Report on horse surra - Volume I
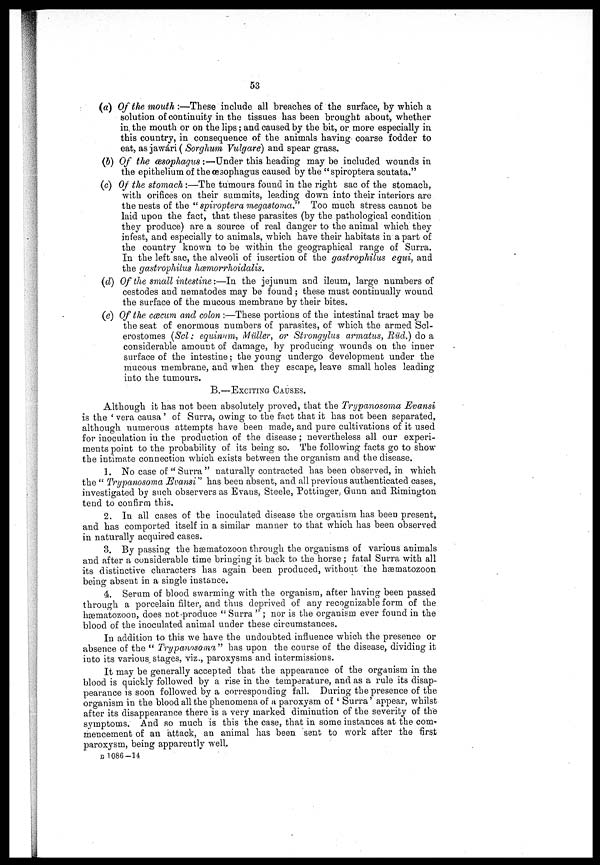
53
(a) Of the mouth :—These inelude all breaches of the surface, by which a
solution of continuity in the tissues has been brought about, whether
in the mouth or on the lips ; and caused by the bit, or more especially in
this country, in consequence of the animals having coarse fodder to
eat, as jawári (Sorghum Vulgare) and spear grass.
(b) Of the œsophagus :—Under this heading may be included wounds in
the epithelium of the oesophagus caused by the "spiroptera scutata."
(c) Of the stomach :—The tumours found in the right sac of the stomach,
with orifices on their summits, leading down into their interiors are
the nests of the " spiroptera megastoma" Too much stress cannot be
laid upon the fact, that these parasites (by the pathological condition
they produce) are a source of real danger to the animal which they
infest, and especially to animals, which have their habitats in a part of
the country known to be within the geographical range of Surra.
In the left sac, the alveoli of insertion of the gastrophilus equi, and
the gastrophilus hœmorrhoidalis.
(d) Of the small intestine :—In the jejunum and ileum, large numbers of
cestodes and nematodes may be found ; these must continually wound
the surface of the mucous membrane by their bites.
(e) Of the. cæcum and colon :—These portions of the intestinal tract may be
the seat of enormous numbers of parasites, of which the armed Scl-
erostomes (Sol : equinum, Müller, or Strongylus armatus, Rüd.) do a
considerable amount of damage, by producing wounds on the inner
surface of the intestine; the young undergo development under the
mucous membrane, and when they escape, leave small holes leading
into the tumours.
B.—EXCITING CAUSES.
Although it has not. been absolutely proved, that the Trypanosoma Evansi
is the ' vera causa' of Surra, owing to the fact that it has not been separated,
although numerous attempts have been made, and pure cultivations of it used
for inoculation in the production of the disease ; nevertheless all our experi-
ments point to the probability of its being so. The following facts go to show
the intimate connection which exists between the organism and the disease.
1. No case of " Surra " naturally contracted has been observed, in which
the " Trypanosoma Evansi" has been absent, and all previous authenticated cases,
investigated by such observers as Evans, Steele, Pottinger Gunn and Rimington
tend to confirm this.
2. In all cases of the inoculated disease the organism has been present,
and has comported itself in a similar manner to that which has been observed
in naturally acquired cases.
3. By passing the hæmatozoon through the organisms of various animals
and after a considerable time bringing it back to the horse ; fatal Surra with all
its distinctive characters has again been produced, without the hæmatozoon
being absent in a single instance.
4. Serum of blood swarming with the organism, after having been passed
through a porcelain filter, and thus deprived of any recognizable form of the
hæmatozoon, does not produce " Surra " ; nor is the organism ever found in the
blood of the inoculated animal under these circumstances.
In addition to this we have the undoubted influence which the presence or
absence of the " Trypanosoma" has upon the course of the disease, dividing it
into its various stages, viz., paroxysms and intermissions.
It may be generally accepted that the appearance of the organism in the
blood is quickly followed by a rise in the temperature, and as a rule its disap-
pearance is soon followed by a corresponding fall. During the presence of the
organism in the blood all the phenomena of a paroxysm of ' Surra' appear, whilst
after its disappearance there is a very marked diminution of the severity of the
symptoms. And so much is this the case, that in some instances at the com-
mencement of an attack, an animal has been sent to work after the first-
paroxysm, being apparently well.
B 1086-14